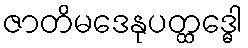
ဇာတိမဒေနုပတ္ထဒ္ဓေါ